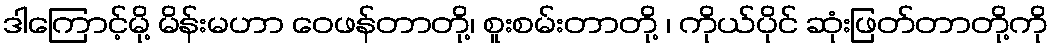
ဒါကြောင့်မို့ မိန်းမဟာ ဝေဖန်တာတို့၊ စူးစမ်းတာတို့ ၊ ကိုယ်ပိုင် ဆုံးဖြတ်တာတို့ကို